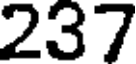
237